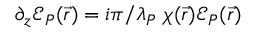
\partial _ { z } \ensuremath { \mathcal { E } } _ { P } ( \vec { r } ) = i \pi / \lambda _ { P } \; \chi ( \vec { r } ) \ensuremath { \mathcal { E } } _ { P } ( \vec { r } )